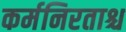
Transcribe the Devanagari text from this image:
कर्मनिरताश्च